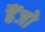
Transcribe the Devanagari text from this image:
हैंजो